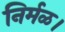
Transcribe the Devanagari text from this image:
निर्मळ।